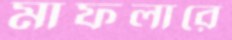
মাফলারে